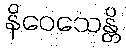
နိဝေသေန္တိ